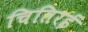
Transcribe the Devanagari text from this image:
चितिरई